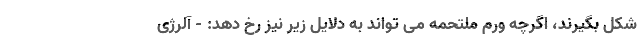
شکل بگیرند، اگرچه ورم ملتحمه می تواند به دلایل زیر نیز رخ دهد: - آلرژی